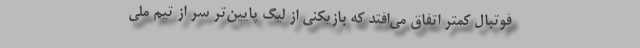
فوتبال کمتر اتفاق می‌افتد که بازیکنی از لیگ پایین‌تر سر از تیم ملی